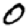
Digit: 0